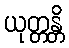
ယုတ္တန္တိ